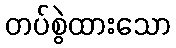
တပ်စွဲထားသော